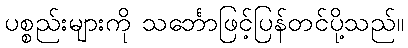
ပစ္စည်းများကို သင်္ဘောဖြင့်ပြန်တင်ပို့သည်။